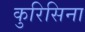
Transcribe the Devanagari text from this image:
कुरिसिना